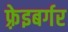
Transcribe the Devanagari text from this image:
फ़्रेइबर्गर